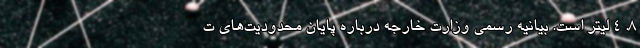
8. 4 لیتر است. بیانیه رسمی وزارت خارجه درباره پایان محدودیت‌های ت